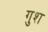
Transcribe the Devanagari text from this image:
गुश